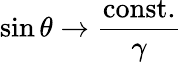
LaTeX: \sin\theta\rightarrow\frac{\mathrm{const.}}{\gamma}